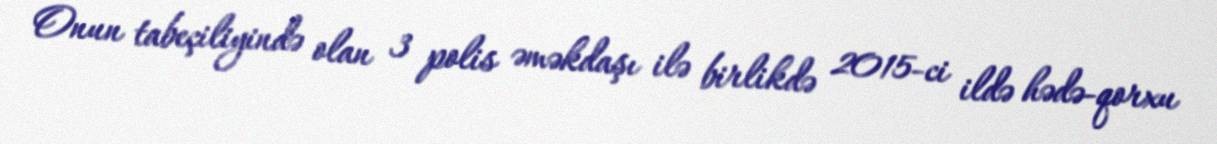
Onun tabeçiliyində olan 3 polis əməkdaşı ilə birlikdə 2015-ci ildə hədə-qorxu